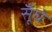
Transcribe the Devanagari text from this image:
सूँघे